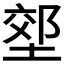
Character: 𭏇